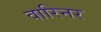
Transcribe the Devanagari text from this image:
वारिनर